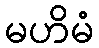
မဟိမံ